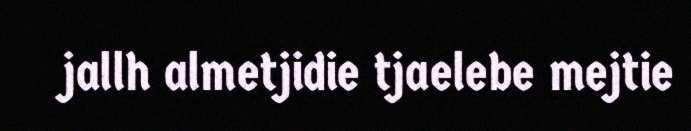
jallh almetjidie tjaelebe mejtie